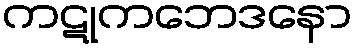
ကဋုကဘေဒနော